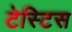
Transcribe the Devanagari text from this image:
टेस्टिस